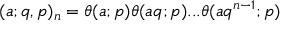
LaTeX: \displaystyle ( a ; q , p ) _ { n } = \theta ( a ; p ) \theta ( a q ; p ) . . . \theta ( a q ^ { n - 1 } ; p )